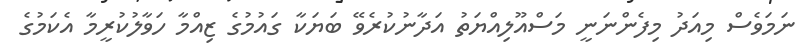
ނަމަވެސް މިއަދު މިފެންނަނީ މަސްއޫލިއްޔަތު އަދާނުކުރެވޭ ބަޔަކާ ގައުމުގެ ޒިއްމާ ހަވާލުކުރީމާ އެކަމުގެ